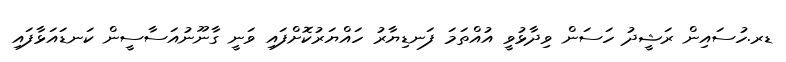
ޑރ.ހުސައިން ރަޝީދު ހަސަން ވިދާޅުވީ އުއްތަމަ ފަނޑިޔާރު ހައްޔަރުކޮށްފައި ވަނީ ގާނޫނުއަސާސީން ކަނޑައަޅާފައި